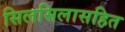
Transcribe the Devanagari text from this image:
सिलसिलासहित